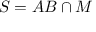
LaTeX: S = A B \cap M